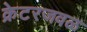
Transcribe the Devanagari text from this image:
क्रेटरजवळ